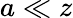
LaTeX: a\ll z